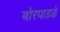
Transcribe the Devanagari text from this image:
बोरपाडळे